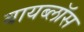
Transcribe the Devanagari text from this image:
बायब्लॉस